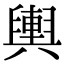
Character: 輿